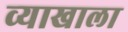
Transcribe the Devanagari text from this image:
व्‍याखाला